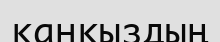
қанқыздың